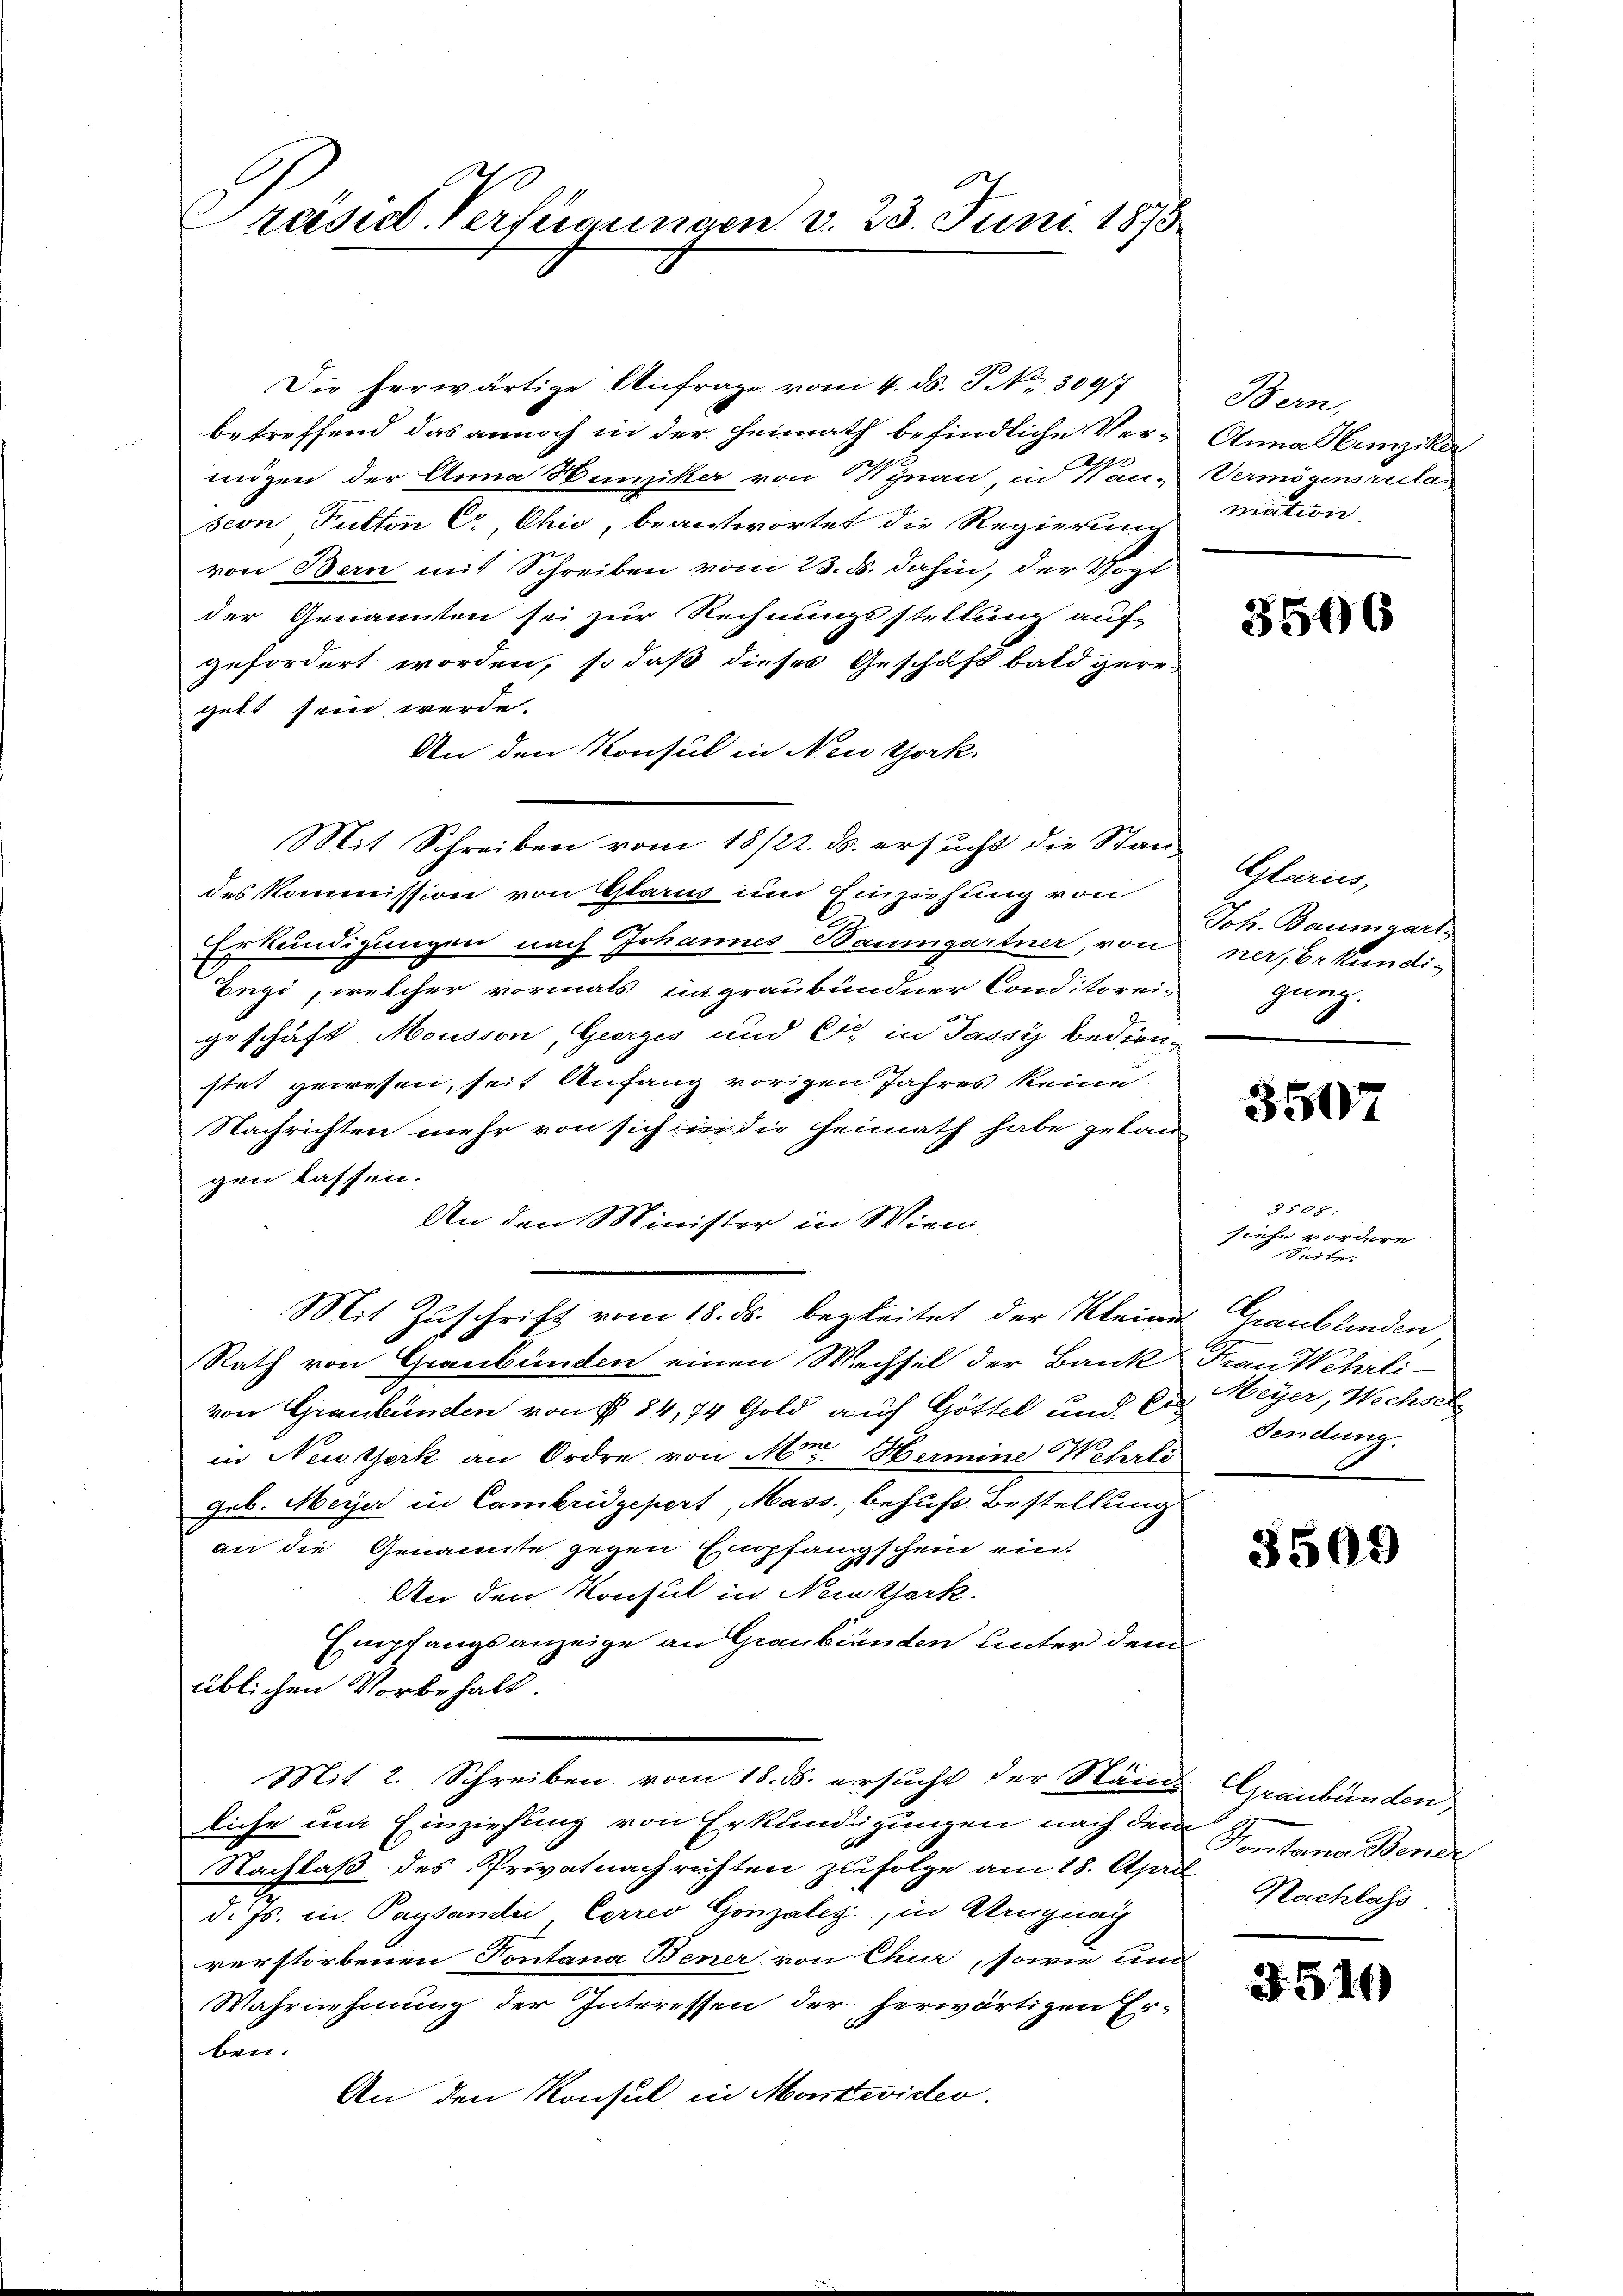
rasie Verfügungen d. 23. Juni 1893

Die herwärtige Anfrage vom 4. ds. P. Nr. 3097
betreffend das annoch in der Heimath befindliche Ver-Anna Hainziker
mögen der Anna Hunziker von Kynan, in Wan- Vermögensreclaseon Futten C, Chić, beantwortet die Regierung mation,
von Bern mit Schreiben vom 23. ds. dahin, der Vogt
der Genannten sei zur Rechnungsstellung auf-
gefordert worden, so daß dieses Geschäft bald gere-
gebt sein werde.
An den Konsul in New York
des Kommission von Glarus um Einziehung von
Erkundigungen nach Johannes Baumgartner, von
Eugi, welcher vormals ungraubündner Conditorei-
geschäft, Mousson, Geerges und Er in Passy bedienstet gewesen, seit Anfang vorigen Jahres keine
Nachrichten mehr von sich in die Heimath habe gelan-
gen lassen.
An den Minister in Wien
Mit Zuschrift vom 18. ds. begleitet der Kleine Graubünden
Rath von Graubünden einen Wechsel der Bank
von Graubünden von § 84, 74 Gold auf Göttel und der Meyer, Wechsel
in Neustark an Ordre von Mr. Hermine Wehrli
geb. Meyer in Cambridgepert, Mass., behufs Bestellung
an die Genannte gegen Empfangschein ein
An den Konsul in Neunzerk.
Empfangsanzeige an Graubünden unter dem
üblichen Vorbehalt.
Mit 2. Schreiben vom 18. ds. ersucht der Nams Graubünden,
liche um Einziehung von Erkundigungen nach dem Kontana Bene
Nachlaß des Privatnachrichten zufolge am 18. April. Nachlass
d. Js. in Paystander, Corres Gonzales, in Uruguay
verstorbenen Pontana Bener von Chur, sowie und
Wahrnehmung der Interessen der herwärtigen Erben.
An den Konsul in Monteviden.

Mit Schreiben vom 18/22. ds. ersucht die Stan¬

Bern,

3566

Clariis,
Joh. Baumgart
ner Erkundig
gung.

3507

3108.
siehe vordere
dtger
Frau Wehrli-
Sendung.

3509

3.516